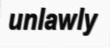
unlawly